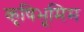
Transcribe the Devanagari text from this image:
कृषिभूमिम